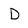
Character: D